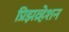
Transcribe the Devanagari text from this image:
प्रिझव्र्हेशन